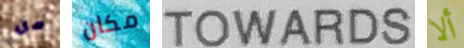
من مكان TOWARDS ألا